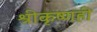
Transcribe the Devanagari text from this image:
श्रीकृष्णही